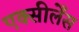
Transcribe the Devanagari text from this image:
एक्सीलेँस